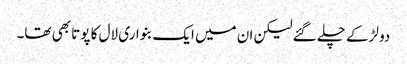
دو لڑکے چلے گئے لیکن ان میں ایک بنواری لال کا پوتا بھی تھا۔